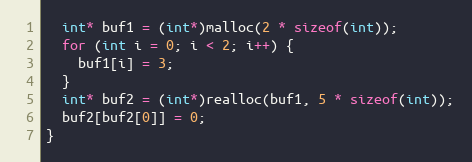
Language: C++
  int* buf1 = (int*)malloc(2 * sizeof(int));
  for (int i = 0; i < 2; i++) {
    buf1[i] = 3;
  }
  int* buf2 = (int*)realloc(buf1, 5 * sizeof(int));
  buf2[buf2[0]] = 0;
}